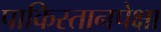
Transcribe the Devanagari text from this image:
पाकिस्तानपेक्षा